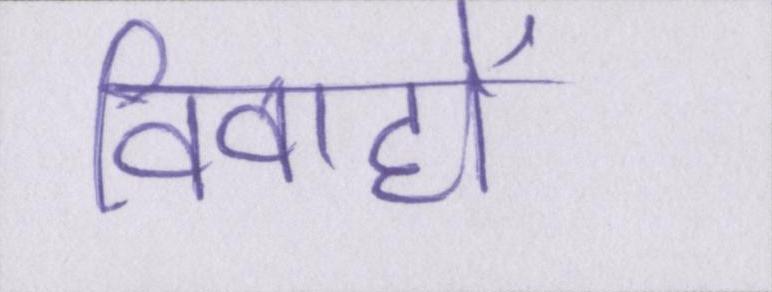
विवाहों